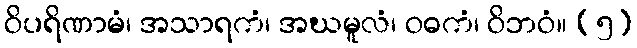
ဝိပရိဏာမံ၊ အသာရကံ၊ အဃမူလံ၊ ဝဓကံ၊ ဝိဘဝံ။ (၅)